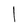
Character: l